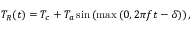
T _ { R } ( t ) = T _ { c } + T _ { a } \sin \left( \operatorname* { m a x } \left( 0 , 2 \pi f t - \delta \right) \right) ,